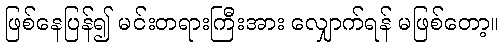
ဖြစ်နေပြန်၍ မင်းတရားကြီးအား လျှောက်ရန် မဖြစ်တော့။